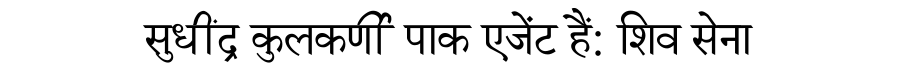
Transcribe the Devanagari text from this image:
सुधींद्र कुलकर्णी पाक एजेंट हैं: शिव सेना